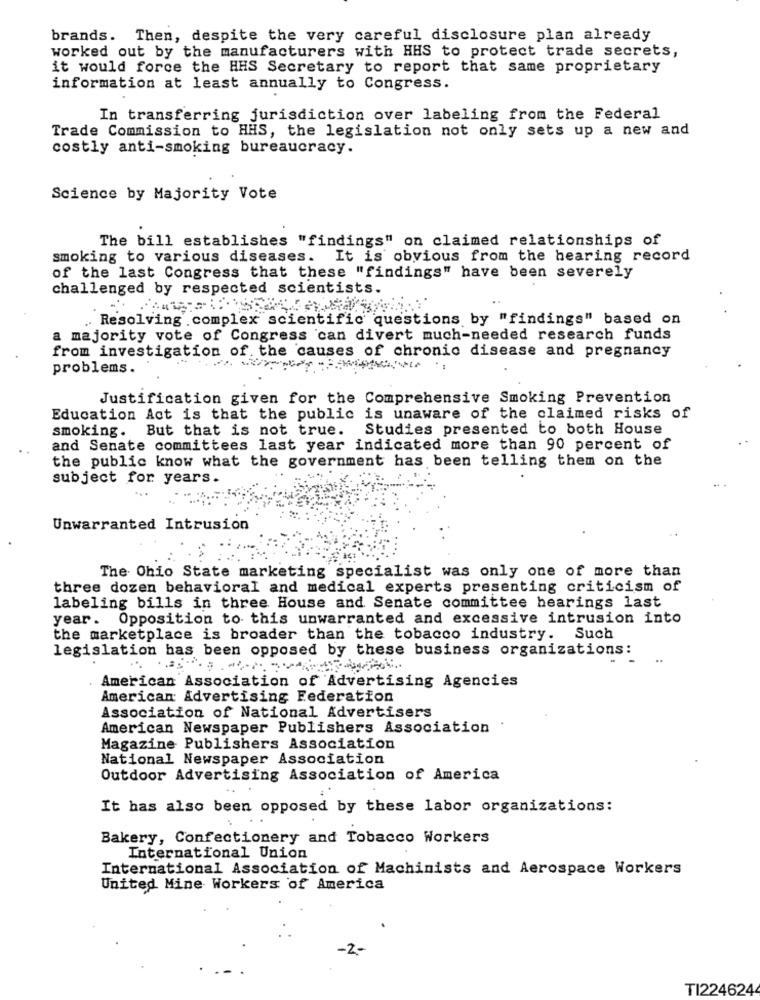
brands. Then, despite the very careful disclosure plan already
worked out by the manufacturers with HHS to protect trade secrets,
it would force the HHS Secretary to report that same proprietary
information at least annually to Congress.
In transferring jurisdiction over labeling from the Federal
Trade Commission to HHS, the legislation not only sets up a new and
costly anti-smoking bureaucracy.
Science by Majority Vote
The bill establishes "findings" on claimed relationships of
smoking to various diseases. It is obvious from the hearing record
of the last Congress that these "findings" have been severely
challenged by respected scientists.
. Resolving complex scientific questions by "findings" based on
a majority vote of Congress can divert much-needed research funds
from investigation of. the causes of chronic disease and pregnancy
problems.
Justification given for the Comprehensive Smoking Prevention
Education Act is that the public is unaware of the claimed risks of
smoking. But that is not true. Studies presented to both House
and Senate committees last year indicated more than 90 percent of
the public know what the government has been telling them on the
subject for years.
...
Unwarranted Intrusion
The Ohio State marketing specialist was only one of more than
three dozen behavioral and medical experts presenting criticism of
labeling bills in three House and Senate committee hearings last
year. Opposition to this unwarranted and excessive intrusion into
the marketplace is broader than the tobacco industry. Such
legislation has been opposed by these business organizations:
..
American Association of Advertising Agencies
American Advertising Federation
Association of National Advertisers
American Newspaper Publishers Association
Magazine Publishers Association
National Newspaper Association
Outdoor Advertising Association of America
It has also been opposed by these labor organizations:
Bakery, Confectionery and Tobacco Workers
International Union
International Association of Machinists and Aerospace Workers
United Mine Workers of America
-2 .-
TI2246244